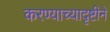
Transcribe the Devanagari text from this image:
करण्याच्यादृष्टीने